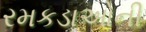
રમકડાઓની